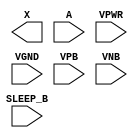
/**
 * Copyright 2020 The SkyWater PDK Authors
 *
 * Licensed under the Apache License, Version 2.0 (the "License");
 * you may not use this file except in compliance with the License.
 * You may obtain a copy of the License at
 *
 *     https://www.apache.org/licenses/LICENSE-2.0
 *
 * Unless required by applicable law or agreed to in writing, software
 * distributed under the License is distributed on an "AS IS" BASIS,
 * WITHOUT WARRANTIES OR CONDITIONS OF ANY KIND, either express or implied.
 * See the License for the specific language governing permissions and
 * limitations under the License.
 *
 * SPDX-License-Identifier: Apache-2.0
 */

`ifndef SKY130_FD_SC_HD__LPFLOW_INPUTISO1N_PP_BLACKBOX_V
`define SKY130_FD_SC_HD__LPFLOW_INPUTISO1N_PP_BLACKBOX_V

/**
 * lpflow_inputiso1n: Input isolation, inverted sleep.
 *
 *                    X = (A & SLEEP_B)
 *
 * Verilog stub definition (black box with power pins).
 *
 * WARNING: This file is autogenerated, do not modify directly!
 */

`timescale 1ns / 1ps
`default_nettype none

(* blackbox *)
module sky130_fd_sc_hd__lpflow_inputiso1n (
    X      ,
    A      ,
    SLEEP_B,
    VPWR   ,
    VGND   ,
    VPB    ,
    VNB
);

    output X      ;
    input  A      ;
    input  SLEEP_B;
    input  VPWR   ;
    input  VGND   ;
    input  VPB    ;
    input  VNB    ;
endmodule

`default_nettype wire
`endif  // SKY130_FD_SC_HD__LPFLOW_INPUTISO1N_PP_BLACKBOX_V